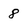
Character: 8